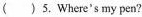
( )5. Where's my pen?